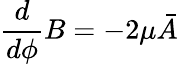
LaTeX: \frac{d}{d\phi}B=-2\mu\bar{A}